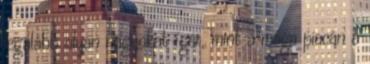
legalább olyan nagyokat ígér, mint a maga piacán a